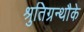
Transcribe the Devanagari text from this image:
श्रुतिग्रन्थौके